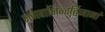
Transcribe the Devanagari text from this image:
भगवानिन्दुर्द्विजानां